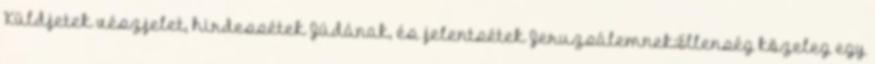
Küldjetek vészjelet, hirdessétek Júdának, és jelentsétek Jeruzsálemnek:Ellenség közeleg egy